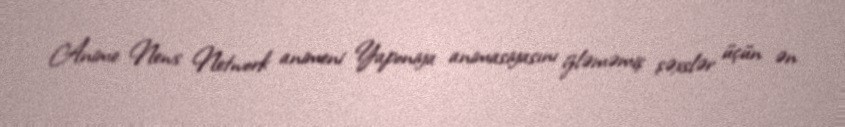
Anime News Network animeni Yaponiya animasiyasını izləməmiş şəxslər üçün ən